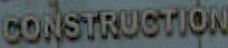
CONSTRUCTION